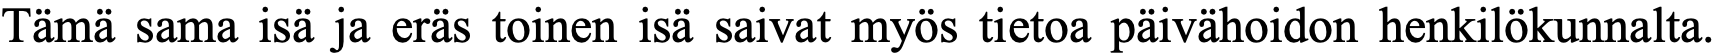
Tämä sama isä ja eräs toinen isä saivat myös tietoa päivähoidon henkilökunnalta.